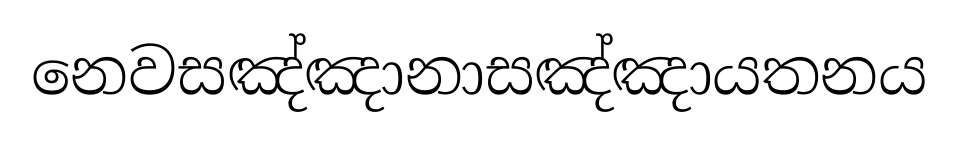
නෙවසඤ්ඤානාසඤ්ඤායතනය